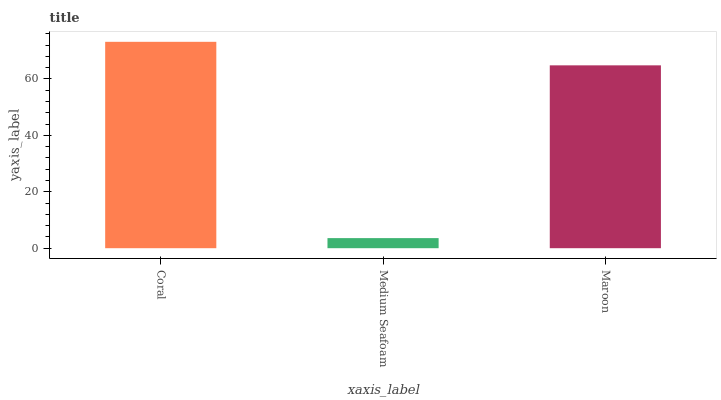
| xaxis_label | bars |
 | --- | --- |
 | Coral | 73.1 |
 | Medium Seafoam | 3.58 |
 | Maroon | 64.8 |